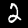
Digit: 2